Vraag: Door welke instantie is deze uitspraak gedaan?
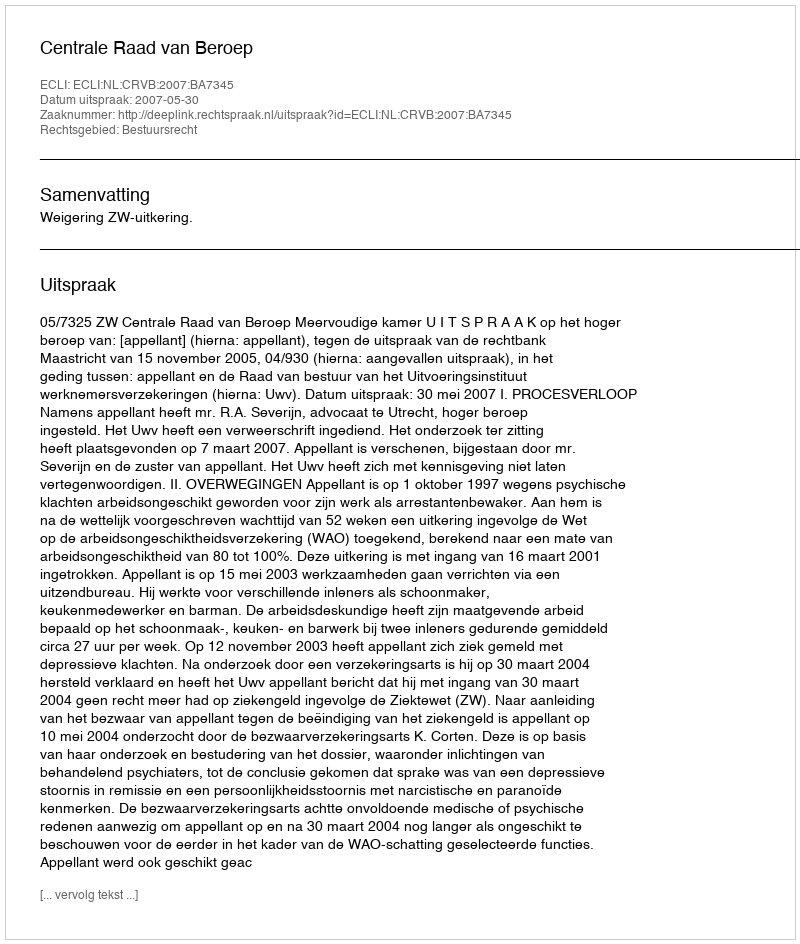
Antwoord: Centrale Raad van Beroep